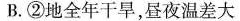
B.②地全年干旱，昼夜温差大